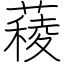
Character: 薐